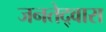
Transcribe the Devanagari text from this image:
जनतेद्वारा